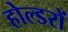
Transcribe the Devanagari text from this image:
होल्डरों